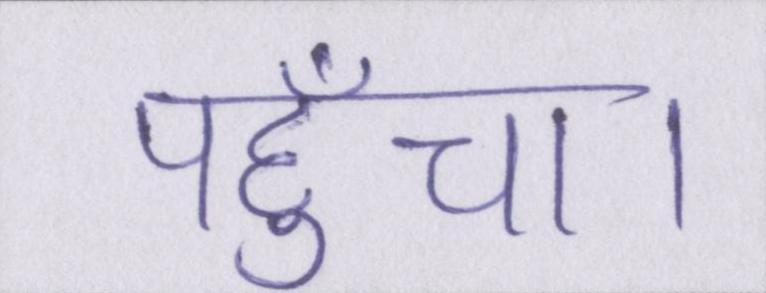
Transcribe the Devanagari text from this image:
पहुँचा।